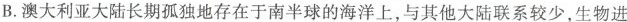
B.澳大利亚大陆长期孤独地存在于南半球的海洋上，与其他大陆联系较少，生物进